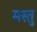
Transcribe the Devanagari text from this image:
मस्तु